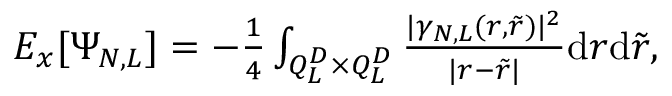
\begin{array} { r } { E _ { x } [ \Psi _ { N , L } ] = - \frac 1 4 \int _ { Q _ { L } ^ { D } \times Q _ { L } ^ { D } } \frac { | \gamma _ { N , L } ( r , \tilde { r } ) | ^ { 2 } } { | r - \tilde { r } | } \mathrm { d } r \mathrm { d } \tilde { r } , } \end{array}